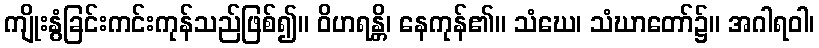
ကျိုးနွံခြင်းကင်းကုန်သည်ဖြစ်၍။ ဝိဟရန္တိ၊ နေကုန်၏။ သံဃေ၊ သံဃာတော်၌။ အဂါရဝါ၊